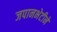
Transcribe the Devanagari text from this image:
जपानभेटीने